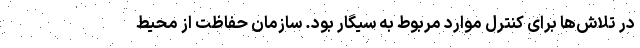
در تلاش‌ها برای کنترل موارد مربوط به سیگار بود. سازمان حفاظت از محیط